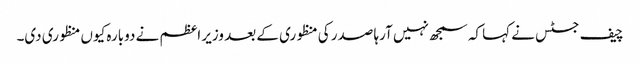
چیف جسٹس نے کہا کہ سمجھ نہیں آرہا صدر کی منظوری کے بعد وزیر اعظم نے دوبارہ کیوں منظوری دی۔